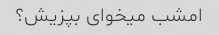
امشب میخوای بپزیش؟